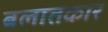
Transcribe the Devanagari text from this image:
बलातकार